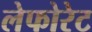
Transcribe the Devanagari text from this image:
लेफोरेट